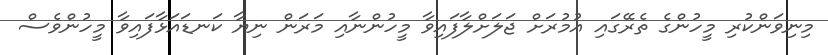
މިނިވަންކުރި މީހުންގެ ތެރޭގައި އުމުރަށް ޖަލަށްލާފައިވާ މީހުންނާއި މަރަން ނިޔާ ކަނޑައަޅާފައިވާ މީހުންވެސް